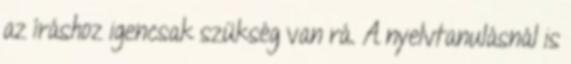
az íráshoz igencsak szükség van rá. A nyelvtanulásnál is